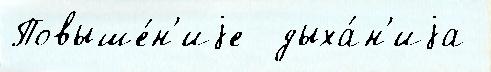
Повыше́н'иjе  дыха́н'иjа